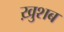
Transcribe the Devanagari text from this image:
ख़ुशब